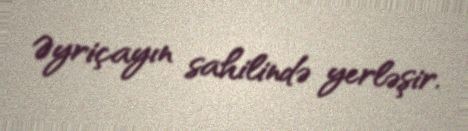
Əyriçayın sahilində yerləşir.